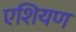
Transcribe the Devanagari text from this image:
एशियण